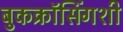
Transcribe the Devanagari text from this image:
बुकक्रॉसिंगशी